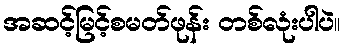
အဆင့်မြင့်စမတ်ဖုန်း တစ်လုံးပါပဲ။